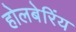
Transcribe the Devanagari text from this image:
होलबेरिंय